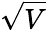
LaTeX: \sqrt{V}